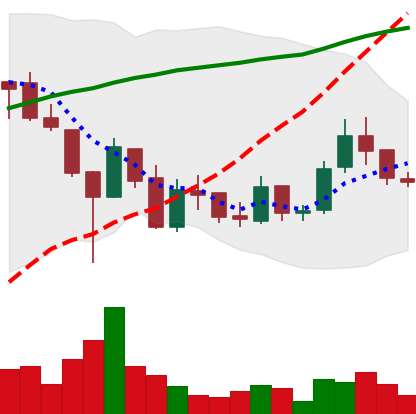
Ticker: LINK-USD
Chart end date: 2019-02-12
Forward return: 7.547%
Label: up_7plus